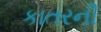
કાતરની